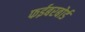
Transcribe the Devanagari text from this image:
फईबरबोर्ड